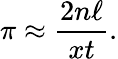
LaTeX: \pi\approx{\frac{2n\ell}{xt}}.